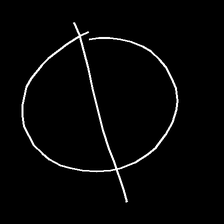
Glyph: orb